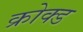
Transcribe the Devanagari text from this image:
क्रोक्ड